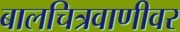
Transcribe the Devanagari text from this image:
बालचित्रवाणीवर